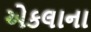
એકલાના